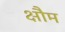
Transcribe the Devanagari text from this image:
क्षौम